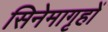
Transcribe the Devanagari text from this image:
सिनेमागृहों